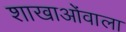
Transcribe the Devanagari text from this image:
शाखाओंवाला